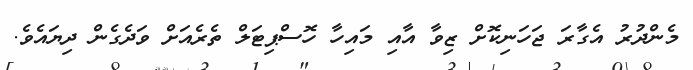
މެންދުރު އެގާރަ ޖަހަނިކޮށް ޒިވާ އާއި މައިހާ ހޮސްޕިޓަލް ތެރެއަށް ވަދެގެން ދިޔައެވެ.